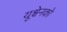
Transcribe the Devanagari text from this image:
यूश्चेनको